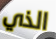
الذي